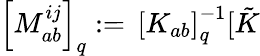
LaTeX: \left[M_{ab}^{ij}\right]_{q}:=\, \left[K_{ab}\right]_{q}^{-1}[\tilde{K}